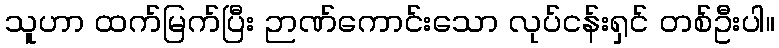
သူဟာ ထက်မြက်ပြီး ဉာဏ်ကောင်းသော လုပ်ငန်းရှင် တစ်ဦးပါ။